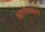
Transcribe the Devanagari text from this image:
आल्टेनब्यर्ग